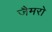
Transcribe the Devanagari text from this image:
जैमरो